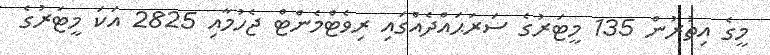
މީގެ އިތުރުން 135 މީޓަރުގެ ސަރަޙައްދެއްގައި ރިވެޓްމެންޓް ޖެހުމާއި 2825 އަކަ މީޓަރުގެ